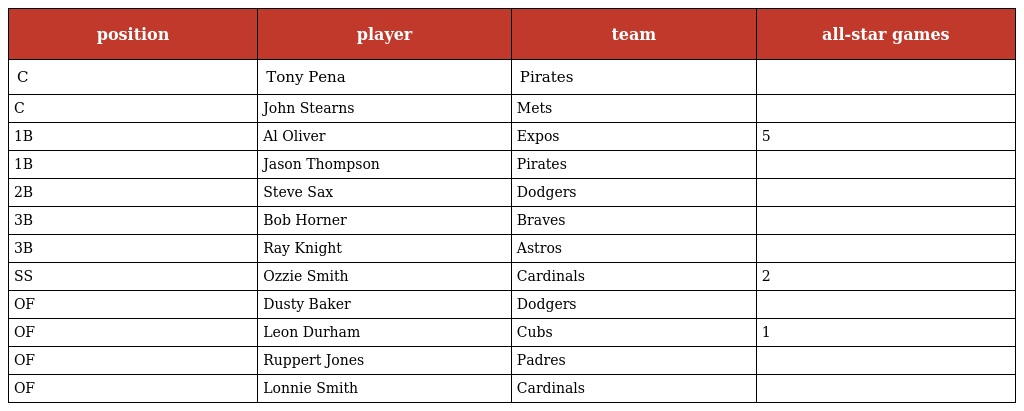
| position | player | team | all-star games |
 | --- | --- | --- | --- |
 | C | Tony Pena | Pirates |  |
 | C | John Stearns | Mets |  |
 | 1B | Al Oliver | Expos | 5 |
 | 1B | Jason Thompson | Pirates |  |
 | 2B | Steve Sax | Dodgers |  |
 | 3B | Bob Horner | Braves |  |
 | 3B | Ray Knight | Astros |  |
 | SS | Ozzie Smith | Cardinals | 2 |
 | OF | Dusty Baker | Dodgers |  |
 | OF | Leon Durham | Cubs | 1 |
 | OF | Ruppert Jones | Padres |  |
 | OF | Lonnie Smith | Cardinals |  |